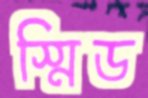
স্মিড